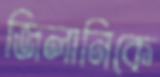
জিলানিকে